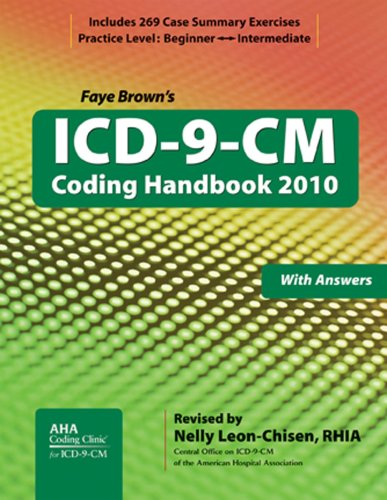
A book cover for ICD-9-CM Coding Handbook, with Answers, 2010 Revised Edition (ICD-9-CM Coding Handbook (W/Answers)); Faye Brown; Medical Books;